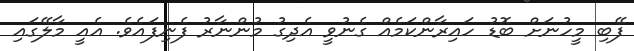
ފޭބި މީހުނަށް ބޮޑު ހައިރާންކަމެއް ގެނުވީ އެދިގު މުންނާރު ފެނިފައެވެ. އެއީ މާލޭގައި